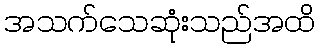
အသက်သေဆုံးသည်အထိ